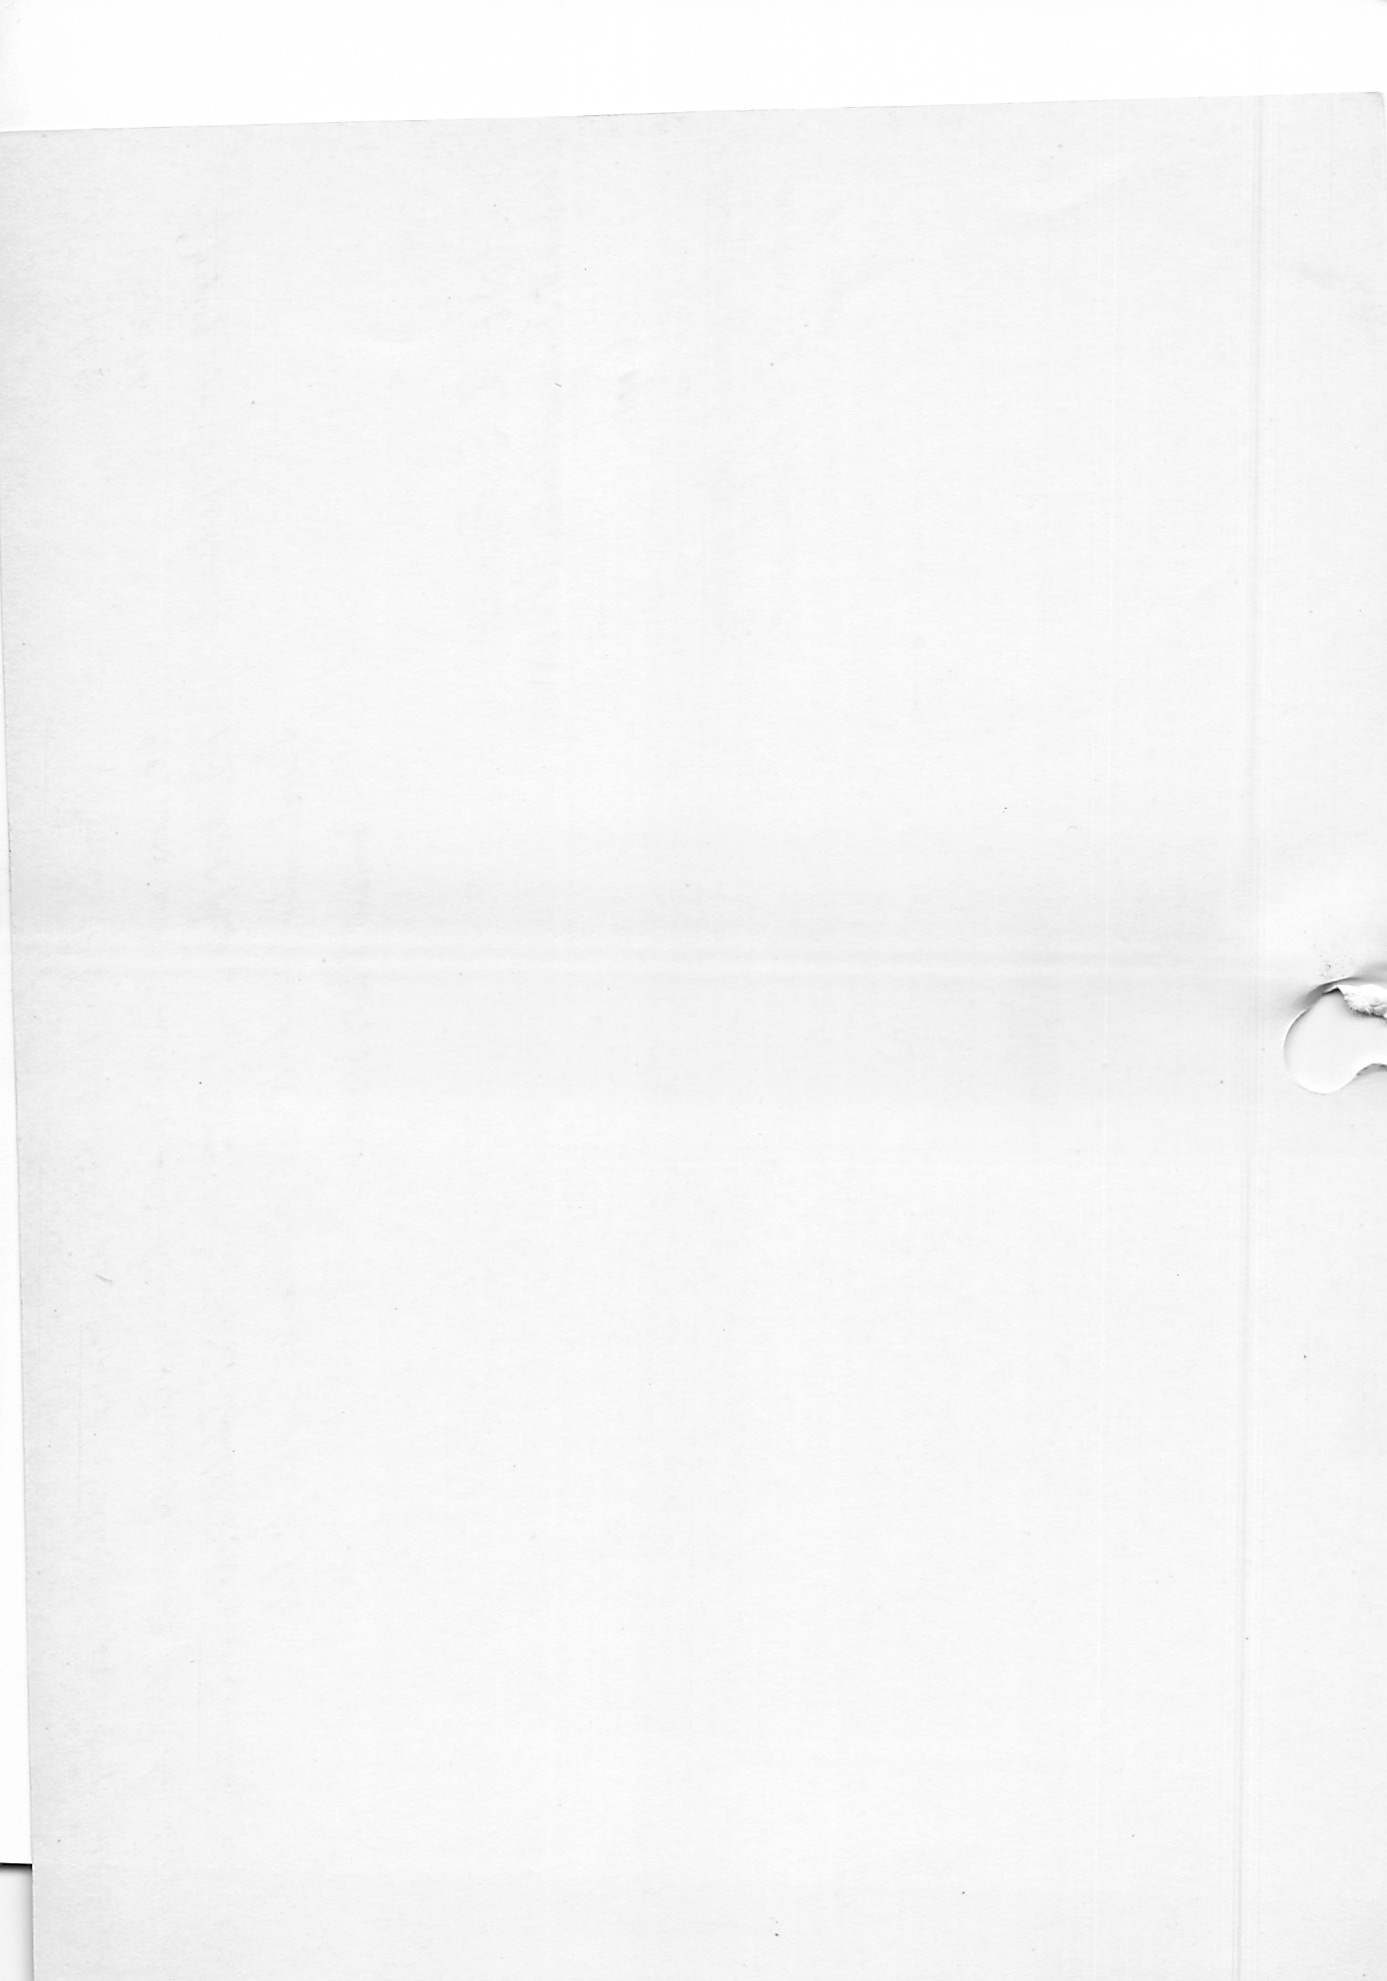
in